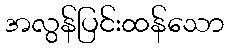
အလွန်ပြင်းထန်သော